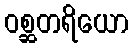
ဝစ္ဆတရိယော